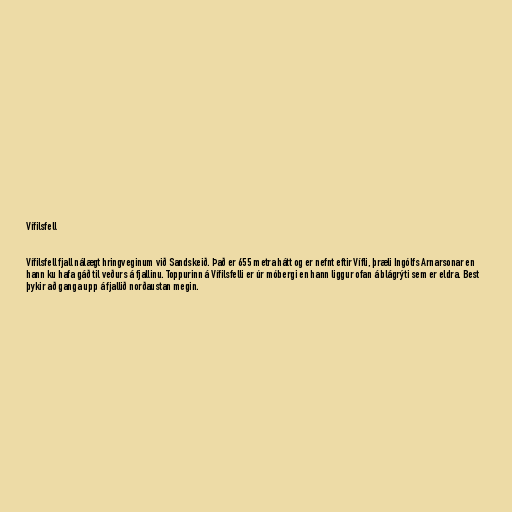
Vífilsfell

Vífilsfell fjall nálægt hringveginum við Sandskeið. Það er 655 metra hátt og er nefnt eftir Vífli, þræli Ingólfs Arnarsonar en
hann ku hafa gáð til veðurs á fjallinu. Toppurinn á Vífilsfelli er úr móbergi en hann liggur ofan á blágrýti sem er eldra. Best
þykir að ganga upp á fjallið norðaustan megin.